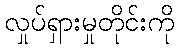
လှုပ်ရှားမှုတိုင်းကို